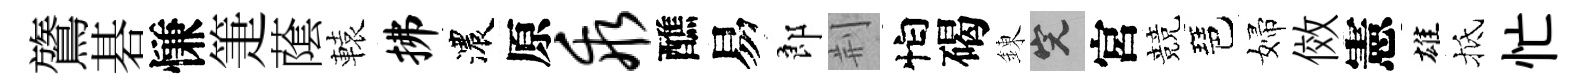
鷟碁慊箑䕃轅拂濃原乖醮易郎荆怕碣錬完宮競琶婦傚憲雄抵忙